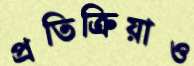
প্রতিক্রিয়াও